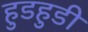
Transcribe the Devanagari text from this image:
हुडहुडी